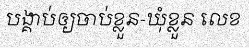
បង្គាប់ឲ្យចាប់ខ្លួន-ឃុំខ្លួន លេខ